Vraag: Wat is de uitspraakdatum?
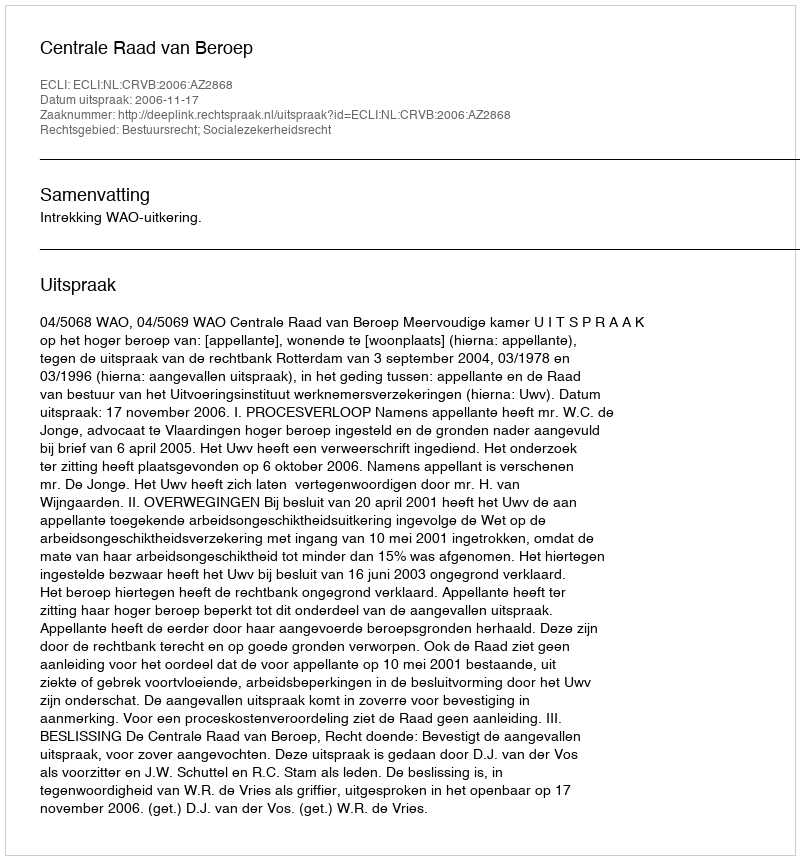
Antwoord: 2006-11-17